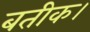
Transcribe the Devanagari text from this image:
बतीक।